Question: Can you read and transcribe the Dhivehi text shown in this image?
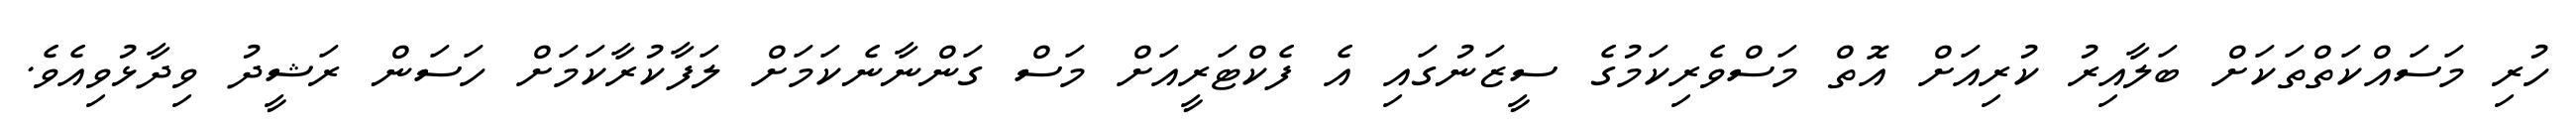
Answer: ހުރި މަސައްކަތްތަކަށް ބަލާއިރު ކުރިއަށް އޮތް މަސްވެރިކަމުގެ ސީޒަނުގައި އެ ފެކްޓަރީއަށް މަސް ގަންނާނެކަމަށް ލަފާކުރާކަމަށް ހަސަން ރަޝީދު ވިދާޅުވިއެވެ.